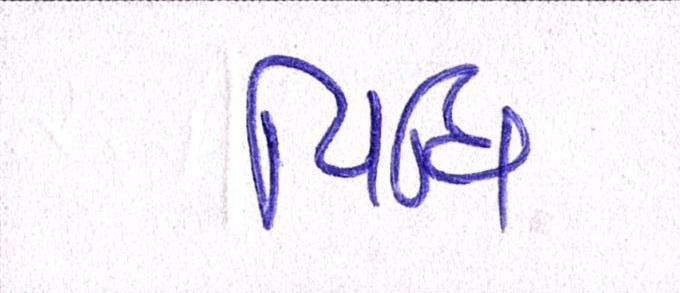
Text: વિધિ